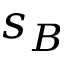
s _ { B }